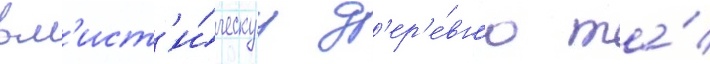
в м'ист'и́ческуу д'ер'е́вн'ю та́